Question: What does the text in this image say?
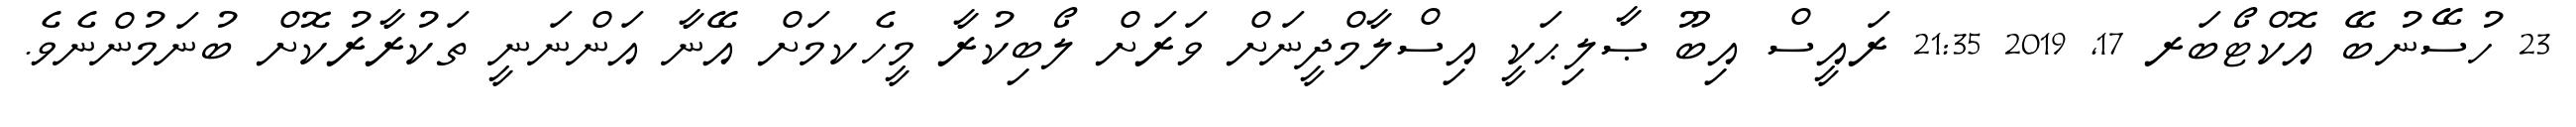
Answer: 23 ހުސޭނުބޭ އޮކްޓޯބަރ 17, 2019 21:35 ރައީސް އިބޫ ޞާލިޙަކީ އިސްލާމްދީނަށް ވަރަށް ލޯބިކުރާ މީހެކމަށް އޭނާ އަންނަނީ ތަކުރާރުކޮށް ބުނަމުންނެވެ.